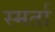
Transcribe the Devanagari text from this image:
स्मर्ता